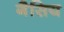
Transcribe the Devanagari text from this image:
गैसिय